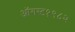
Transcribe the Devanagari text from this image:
ऑगस्ट१९८२